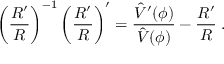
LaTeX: \left( { \frac { R ^ { \prime } } { R } } \right) ^ { - 1 } \left( { \frac { R ^ { \prime } } { R } } \right) ^ { \prime } = { \frac { \hat { V } ^ { \prime } ( \phi ) } { \hat { V } ( \phi ) } } - { \frac { R ^ { \prime } } { R } } \; .